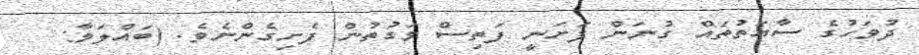
ދުވަހުގެ ސާޢަތުތައް ގުނަން ފަށަނީ ފަތިސް ވަގުތުން ފެށިގެންނެވެ. (ބައްލަވާ: